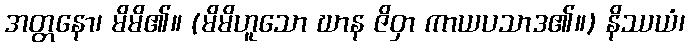
အတ္တနော၊ မိမိ၏။ (မိမိဟူသော ဃာန ဇိဝှာ ကာယပသာဒ၏။) နိဿယံ၊